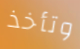
وتأخذ